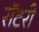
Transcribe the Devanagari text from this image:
रॉटरी